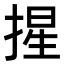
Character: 𭡦